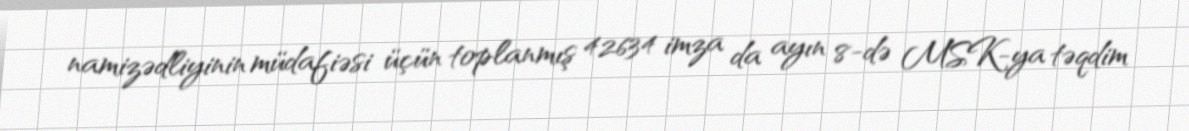
namizədliyinin müdafiəsi üçün toplanmış 42634 imza da ayın 8-də MSK-ya təqdim